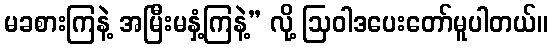
မခစားကြနဲ့ အမြီးမနှံ့ကြနဲ့” လို့ ဩဝါဒပေးတော်မူပါတယ်။